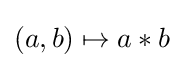
(a,b)\mapsto a*b